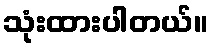
သုံးထားပါတယ်။